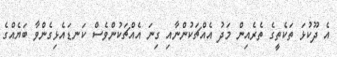
އެ ދޫކުޅަ ތަކެތީގެ ތެރެއިން މަދު އެއްޗަކުންނާއި ގިނަ އެއްޗަކުންވެސް ކަނޑައެޅިގެންވާ ބަޔެއްގެ